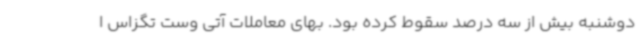
دوشنبه بیش از سه درصد سقوط کرده بود. بهای معاملات آتی وست تگزاس ا